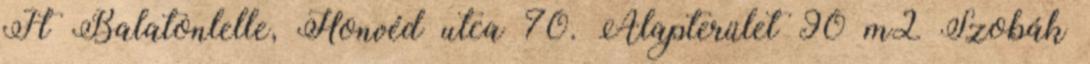
Ft Balatonlelle, Honvéd utca 70. Alapterület 90 m2 Szobák